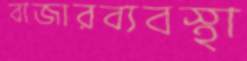
বাজারব্যবস্থা